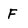
Character: F